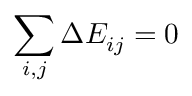
\sum _ { i , j } \Delta E _ { i j } = 0